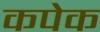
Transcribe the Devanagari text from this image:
कपेक